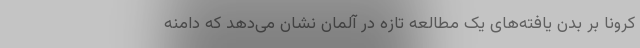
کرونا بر بدن یافته‌های یک مطالعه تازه در ‌آلمان نشان می‌دهد که دامنه